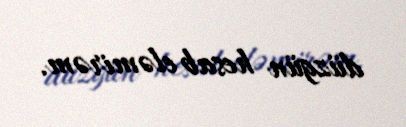
düzgün hesab eləmirəm.